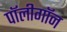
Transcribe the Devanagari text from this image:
पॉलीगॉन